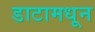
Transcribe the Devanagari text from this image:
डाटामधून